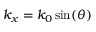
k _ { x } = k _ { 0 } \sin ( \theta )